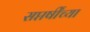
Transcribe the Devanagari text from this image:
सप्तर्षींच्या